Report on horse surra - Volume II, Part II
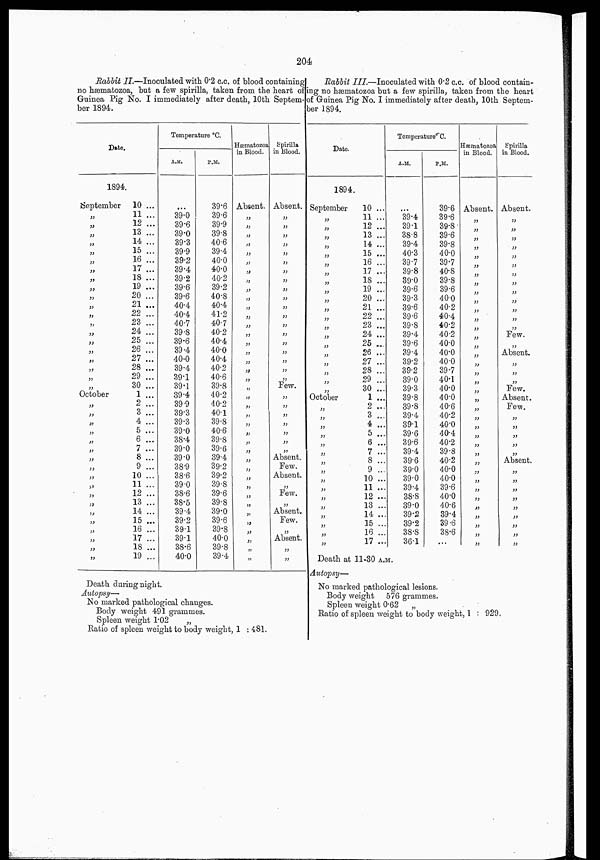
204
Rabbit II.—Inoculated with 0.2 c.c. of blood containing
no hæmatozoa, but a few spirilla, taken from the heart of
Guinea Pig No. I immediately after death, 10th Septem-
ber 1894.
Date.
1894.
September
„
„
„
„
„
„
„
„
„
„
„
„
„
„
„
„
„
„
„
„
October
„
„
„
„
„
„
„
„
„
„
„
„
„
„
„
„
„
„
10 ...
11 ...
12 ...
13 ...
14 ...
15 ...
16 ...
17 ...
18 ...
19 ...
20 ...
21 ...
22 ...
23 ...
24 ...
25 ...
26 ...
27 ...
28 ...
29 ...
30 ...
1 ...
2 ...
3 ...
4 ...
5 ...
6 ...
7 ...
8 ...
9 ...
10 ...
11 ...
12 ...
13 ...
14 ...
15 ...
16 ...
17 ...
18 ...
19 ...
Temperature °C.
A.M.
...
39.0
39.6
39.0
39.3
39.9
39.2
39.4
39.2
39.6
39.6
40.4
40.4
40.7
39.8
39.6
39.4
40.0
39.4
39.1
39.1
39.4
39 9
39.3
39.3
39.0
38.4
39.0
39.0
38.9
38.6
39.0
38.6
38.5
39.4
39.2
39.1
39.1
38.6
40.0
P.M.
39.6
39.6
39.9
39.8
40.6
39.4
40.0
40.0
40.2
39.2
40.8
40.4
41.2
40.7
40.2
40.4
40.0
40.4
40.2
40.6
39.8
40.2
40.2
40.1
39.8
40.6
39.8
39.6
39.4
39.2
39.2
39.8
39.6
39.8
39.0
39.6
39.8
40.0
39.8
39.4
Hæmatozoa
in Blood.
Absent.
„
„
„
„
„
„
„
„
„
„
„
„
„
„
„
„
„
„
„
„
„
„
„
„
„
„
„
„
„
„
„
„
„
„
„
„
„
„
„
Spirilla
in Blood.
Absent.
„
„
„
„
„
„
„
„
„
„
„
„
„
„
„
„
„
„
„
Few.
„
„
„
„
„
„
„
Absent.
Few.
Absent.
„
Few.
„
Absent.
Few.
„
Absent.
„
„
Death during night.
Autopsy—
No marked pathological changes.
Body weight 491 grammes.
Spleen weight 1.02
„
Ratio of spleen weight to body weight, 1 : 481.
Rabbit III.—Inoculated with 0.2 c.c. of blood contain-
ing no hæmatozoa but a few spirilla, taken from the heart
of Guinea Pig No. I immediately after death, 10th Septem-
ber 1894.
Date.
1894.
September
„
„
„
„
„
„
„
„
„
„
„
„
„
„
„
„
„
„
„„
October
„
„
„
„
„
„
„
„
„
„
„
„
„
„
„
„
10 ...
11 ...
12 ...
13 ...
14 ...
15 ...
16 ...
17 ...
18 ...
19 ...
20 ...
21 ...
22 ...
23 ...
24 ...
25 ...
26 ...
27 ...
28 ...
29 ...
30 ...
1 ...
2 ...
3 ...
4 ...
5 ...
6 ...
7 ...
8 ...
9 ...
10 ...
11 ...
12 ...
13 ...
14 ..
15 ...
16 ...
17 ...
Temperature° C.
A.M.
...
39.4
39.1
38.8
39.4
40.3
39.7
39.8
39.0
39.6
39.3
39.6
39.6
39.8
39.4
39.6
39.4
39.2
39.2
39.0
39.3
39.8
39.8
39.4
39.1
39.6
39.6
39.4
39.6
39.0
39.0
39.4
38.8
39.0
39.2
39.2
38.8
36.1
P.M.
39.6
39.6
39.8
39.6
39.8
40.0
39.7
40.8
39.8
39.6
40.0
40.2
40.4
40.2
40.2
40.0
40.0
40.0
39.7
40.1
40.0
40.0
40.6
40.2
40.0
40.4
40.2
39.8
40.2
40.0
40.0
39.6
40.0
40.6
39.4
39.6
38.6
...
Hæmatozoa
in Blood.
Absent.
„
„
„
„
„
„
„
„
„
„
„
„
„
„
„
„
„
„
„
„„
„„
„
„
„
„
„
„
„
„
„
„
„
„
„
„
„
„
Spirilla
in Blood.
Absent.
„
„
„
„
„
„
„
„
„
„
„
„
Few.
„
Absent.
„
„
„
Few.
Absent.
Few.
„
„
„
„
„
Absent.
„
„
„
„
„
„
„
„
„
Death at 11-30 A.M..
Autopsy—
No marked pathological lesions.
Body weight 576 grammes.
Spleen weight 0.62
„
Ratio of spleen weight to body weight, 1 : 929